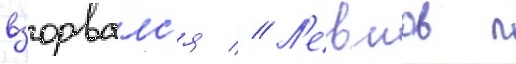
взорвалс'я // Л'евшов п